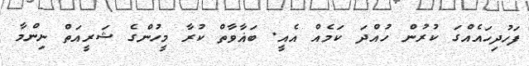
ފަހުދިހައެއްގަ ކުރުން ހުއްދަ ކަމެއް އެއީ. ބަޣާވާތް ކުރާ މީހުންގެ ޝަރީއަތް ނިންމާ